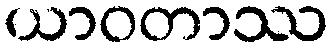
ယာဝတာဿ